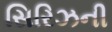
સિરિઝની